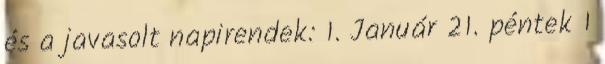
és a javasolt napirendek: 1. Január 21. péntek 1